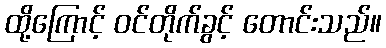
ထို့ကြောင့် ဝင်တိုက်ခွင့် တောင်းသည်။